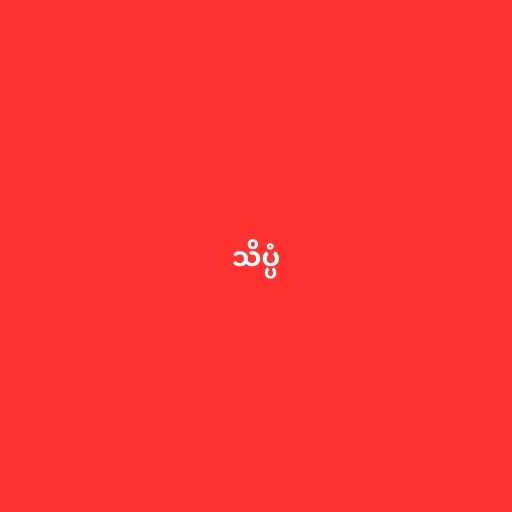
သိပ္ပံ